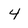
Character: 4